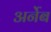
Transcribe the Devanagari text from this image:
अर्नेब